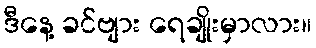
ဒီနေ့ ခင်ဗျား ရေချိုးမှာလား။